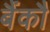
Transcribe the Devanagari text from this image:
बैंकौ